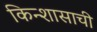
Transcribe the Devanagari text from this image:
किन्शासाची